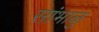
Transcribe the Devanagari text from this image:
सांभाळु